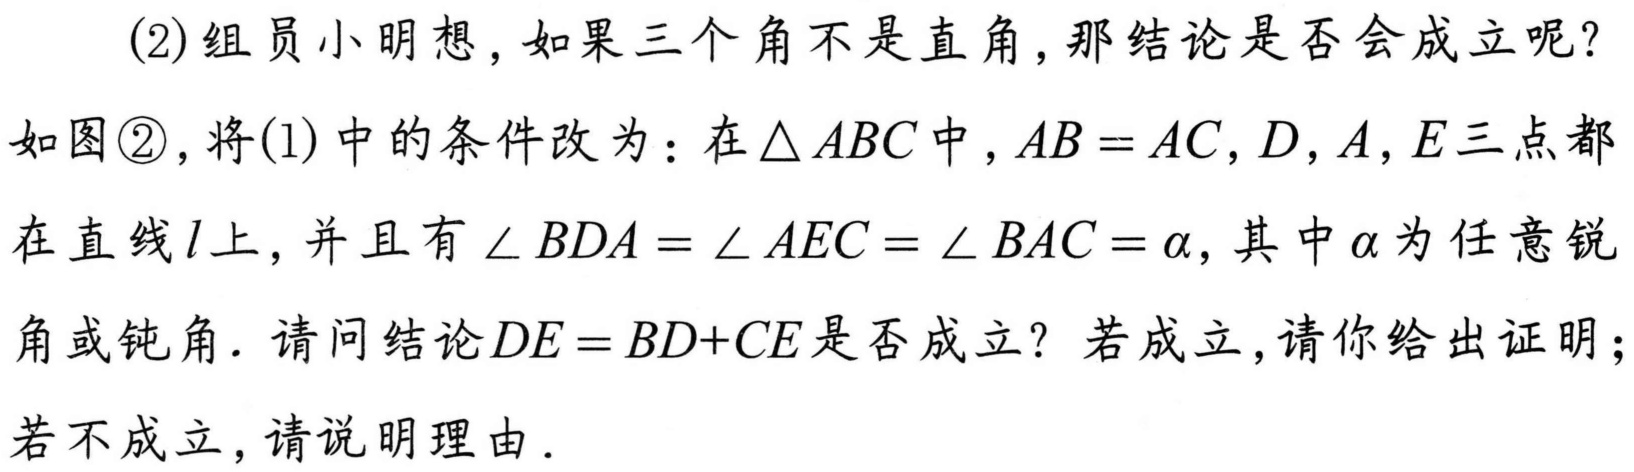
(2)组员小明想，如果三个角不是直角，那结论是否会成立呢？
如图\textcircled{2}，将(1)中的条件改为：在\(\triangle ABC\)中，\(AB = AC\)，\(D,A,E\)三点都在直线\(l\)上，并且有\(\angle BDA=\angle AEC = \angle BAC=\alpha\)，其中\(\alpha\)为任意锐角或钝角．请问结论\(DE = BD + CE\)是否成立？若成立，请你给出证明；若不成立，请说明理由．